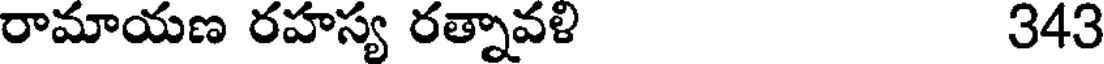
రామాయణ రహస్య రత్నావళి 343